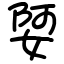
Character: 娿